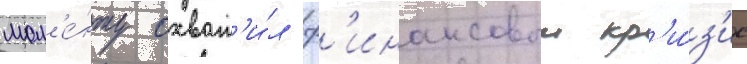
мом'е́нту охват'и́л ф'инансовыи кр'и́з'ис